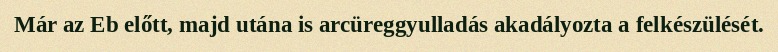
Már az Eb előtt, majd utána is arcüreggyulladás akadályozta a felkészülését.